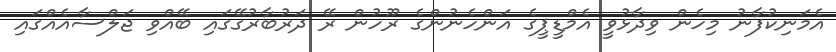
އެމަނިކުފާނު މިހެން ވިދާޅުވީ އެމްޑީޕީގެ އަންހެނުންގެ ރޫހުން ރޭ ދަރުބާރުގޭގައި ބޭއްވި ޖަލްސާއެއްގައި